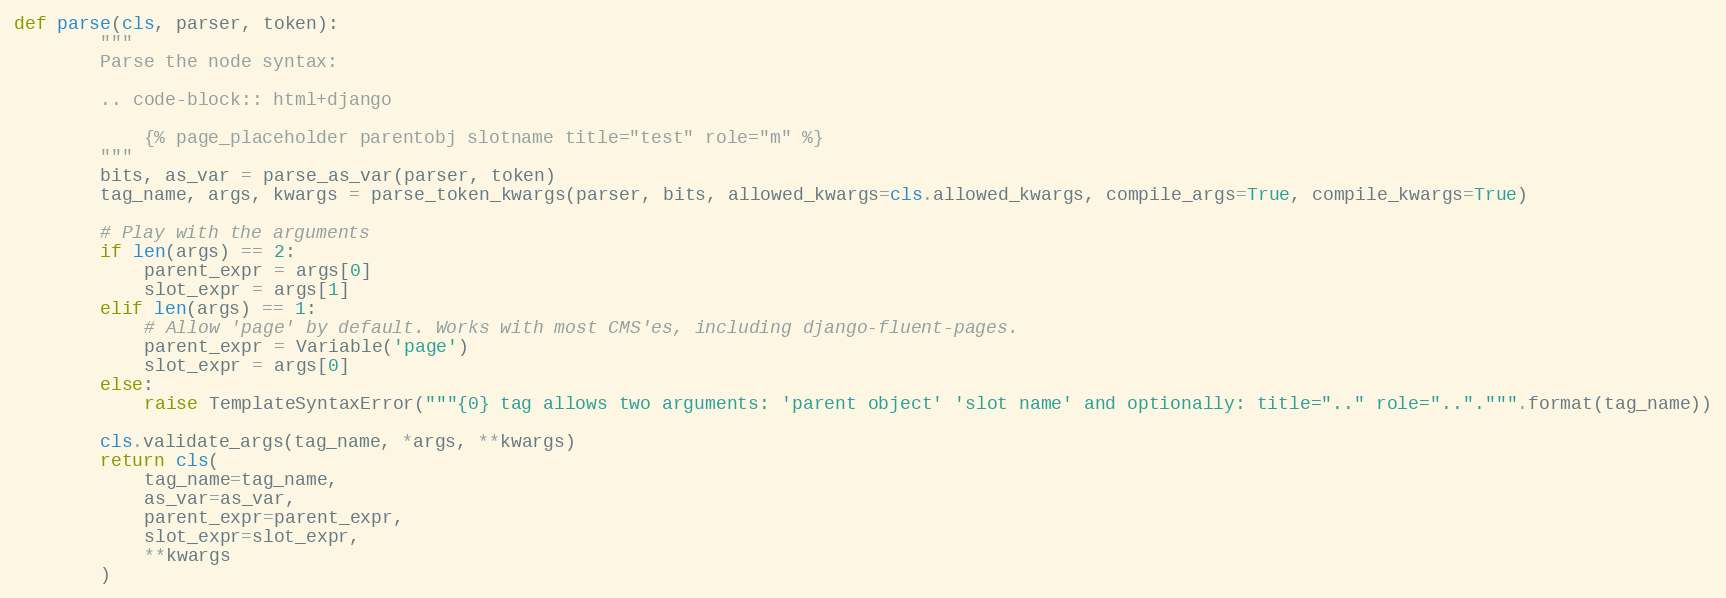
Language: Python
def parse(cls, parser, token):
        """
        Parse the node syntax:

        .. code-block:: html+django

            {% page_placeholder parentobj slotname title="test" role="m" %}
        """
        bits, as_var = parse_as_var(parser, token)
        tag_name, args, kwargs = parse_token_kwargs(parser, bits, allowed_kwargs=cls.allowed_kwargs, compile_args=True, compile_kwargs=True)

        # Play with the arguments
        if len(args) == 2:
            parent_expr = args[0]
            slot_expr = args[1]
        elif len(args) == 1:
            # Allow 'page' by default. Works with most CMS'es, including django-fluent-pages.
            parent_expr = Variable('page')
            slot_expr = args[0]
        else:
            raise TemplateSyntaxError("""{0} tag allows two arguments: 'parent object' 'slot name' and optionally: title=".." role="..".""".format(tag_name))

        cls.validate_args(tag_name, *args, **kwargs)
        return cls(
            tag_name=tag_name,
            as_var=as_var,
            parent_expr=parent_expr,
            slot_expr=slot_expr,
            **kwargs
        )